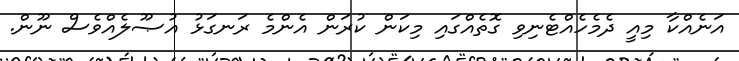
އަނެއްކާ މިއީ ދެމެހެއްޓެނިވި ގޮތެއްގައި މިކަން ކުރަން އެންމެ ރަނގަޅު އުޞޫލެއްވެސް ނޫން.